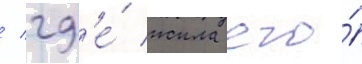
/ гд'е́ жила его́